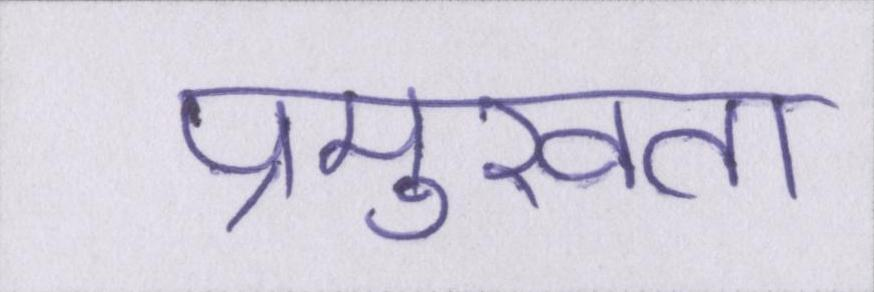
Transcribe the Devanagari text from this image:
प्रमुखता